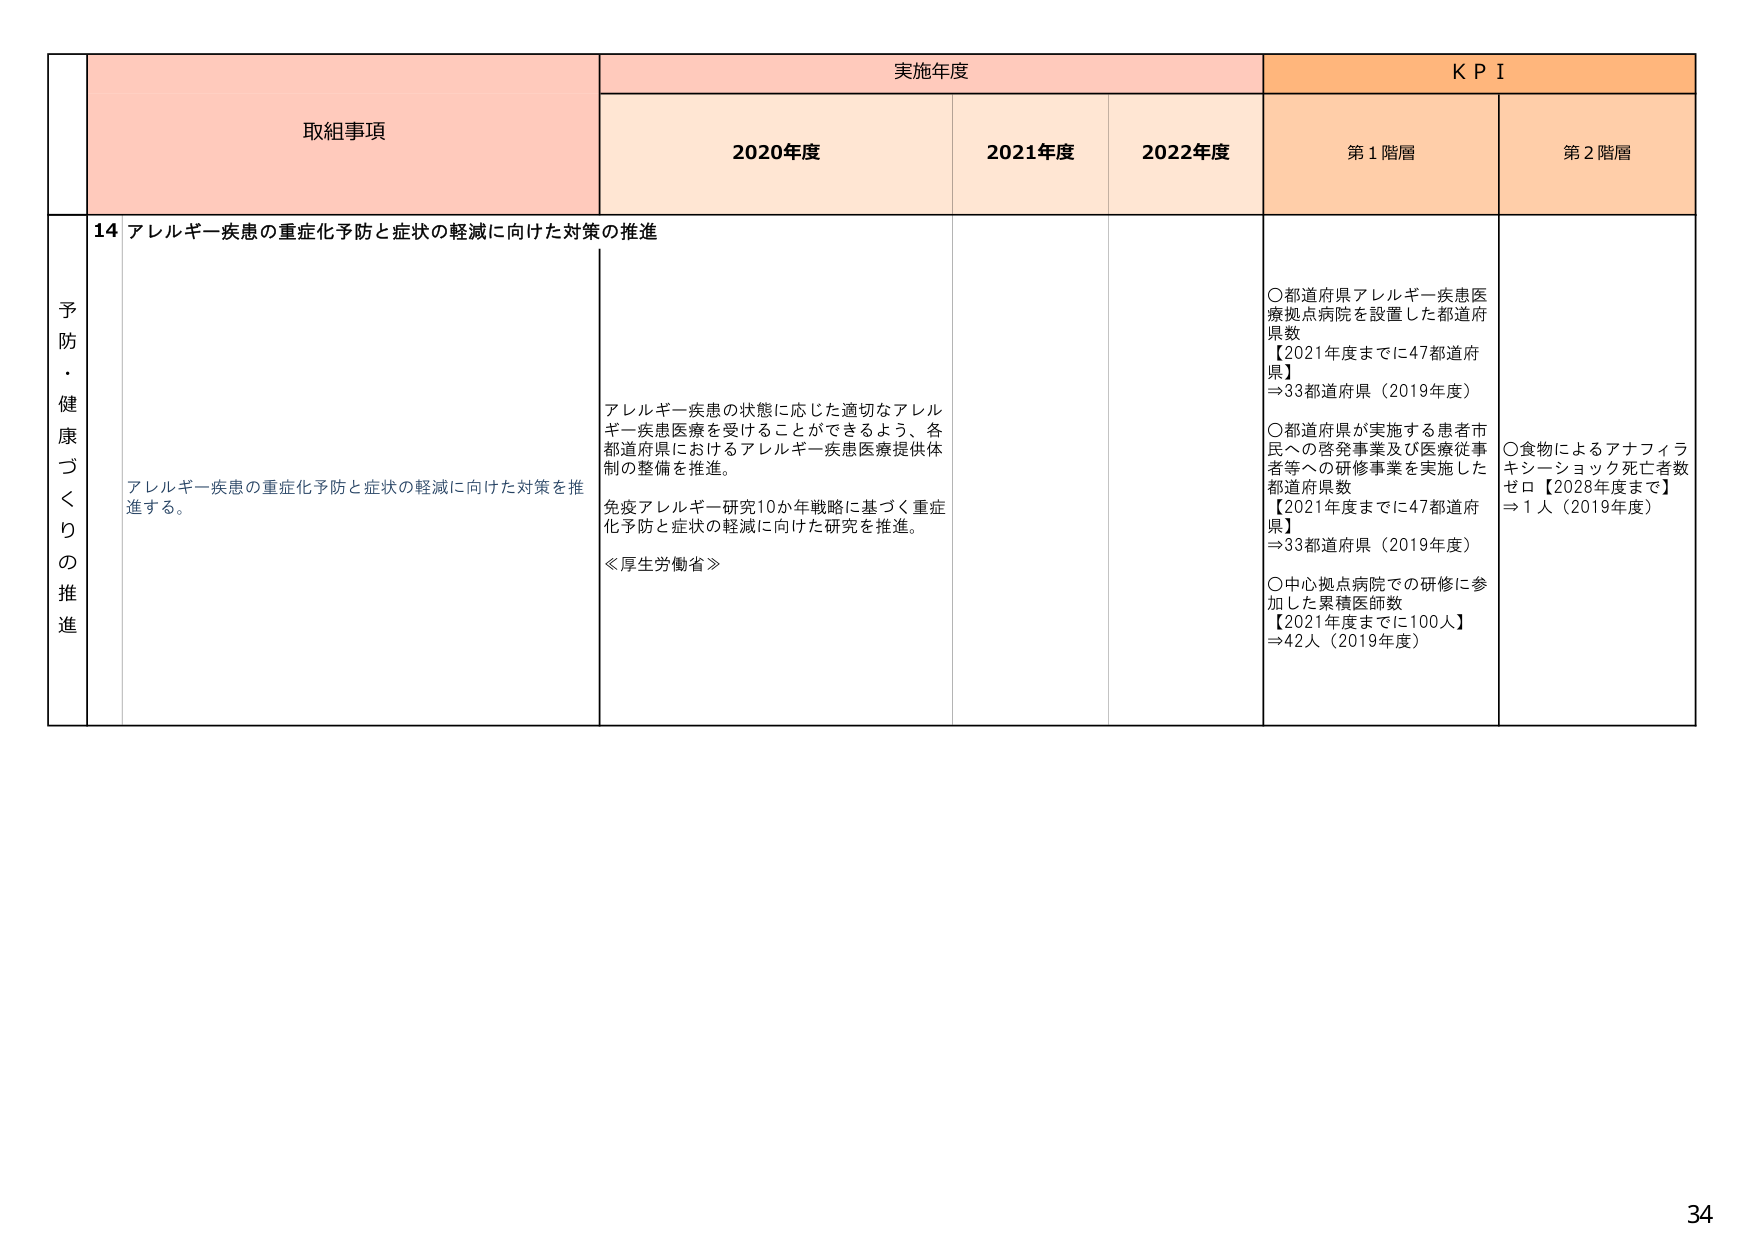
予防・健康づくりの推進
取組事項
実施年度
KPI
2020年度
2021年度
2022年度
第1階層
第2階層
14 アレルギー疾患の重症化予防と症状の軽減に向けた対策の推進
アレルギー疾患の重症化予防と症状の軽減に向けた対策を推進する。
アレルギー疾患の状態に応じた適切なアレルギー疾患医療を受けられるよう、各都道府県におけるアレルギー疾患医療提供体制の整備を推進。
免疫アレルギー研究10か年戦略に基づく重症化予防と症状の軽減に向けた研究を推進。
≪厚生労働省≫
○都道府県アレルギー疾患医療拠点病院を設置した都道府県数
【2021年度までに47都道府県】
⇒33都道府県（2019年度）
○都道府県が実施する患者市民への啓発事業及び医療従事者等への研修事業を実施した都道府県数
【2021年度までに47都道府県】
⇒33都道府県（2019年度）
○中心拠点病院での研修に参加した累積医師数
【2021年度までに100人】
⇒42人（2019年度）
○食物によるアナフィラキシーショック死亡者数ゼロ【2028年度まで】
⇒1人（2019年度）
34